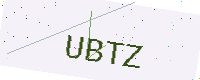
Text: UBTZ